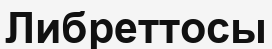
Либреттосы